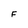
Character: F